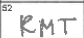
Transcription: RMT